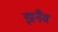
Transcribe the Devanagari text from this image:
झ़नैव